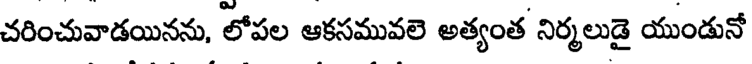
చరించువాడయినను, లోపల ఆకసమువలె అత్యంత నిర్మలుడై యుండునో